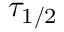
\tau _ { 1 / 2 }